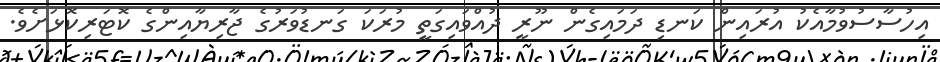
އިހުސާސުވުމާއެކު އުރައިން ކަނޑި ދަމައިގެން ނޫރީ ދުއްވައިގަތީ މުރަކަ ގަނޑުވަރުގެ ޖާރިޔާއިންގެ ކޮޓަރިކޮޅަށެވެ.